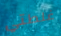
غلطتي